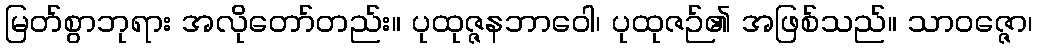
မြတ်စွာဘုရား အလိုတော်တည်း။ ပုထုဇ္ဇနဘာဝေါ၊ ပုထုဇဉ်၏ အဖြစ်သည်။ သာဝဇ္ဇော၊